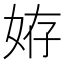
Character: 𡜒